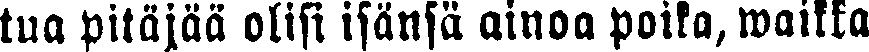
tua pitäjää olisi isänsä ainoa poika, waikka